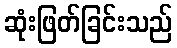
ဆုံးဖြတ်ခြင်းသည်